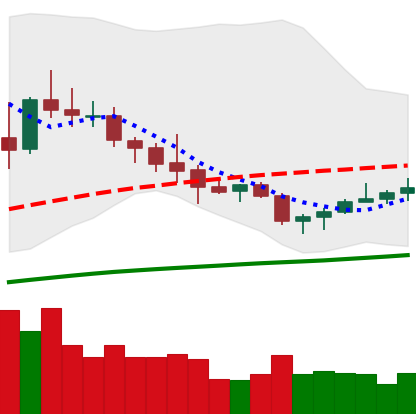
Ticker: NEO-USD
Chart end date: 2020-10-12
Forward return: -4.46%
Label: down_3_5